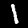
Digit: 1